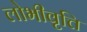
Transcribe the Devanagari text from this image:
लोभीवृत्ति